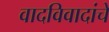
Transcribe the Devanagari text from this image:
वादविवादांचे